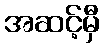
အဆင့်မှီ